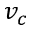
v _ { c }